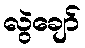
လွဲချော်